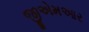
જીએમઆર